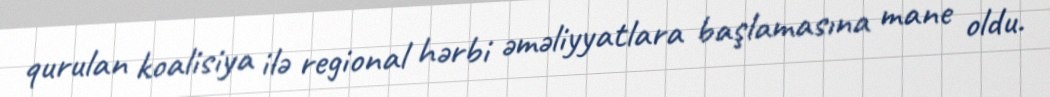
qurulan koalisiya ilə regional hərbi əməliyyatlara başlamasına mane oldu.